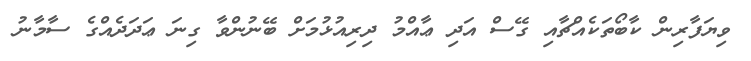
ވިޔަފާރިން ކާބޯތަކެއްޗާއި ގޭސް އަދި ޢާއްމު ދިރިއުޅުމަށް ބޭނުންވާ ގިނަ ޢަދަދެއްގެ ސާމާނު